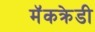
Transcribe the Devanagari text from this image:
मॅकक्रेडी